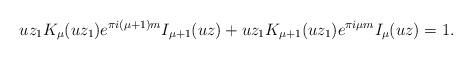
LaTeX: \begin{gather*} u z_1K_\mu(uz_1) e^{\pi i (\mu+1)m} I_{\mu+1}(uz)+uz_1K_{\mu+1}(uz_1) e^{\pi i \mu m} I_\mu(uz)=1 .\end{gather*}